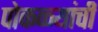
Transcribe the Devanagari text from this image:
पोकळ्यांची